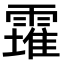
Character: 𩅚